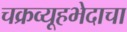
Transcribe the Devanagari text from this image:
चक्रव्यूहभेदाचा